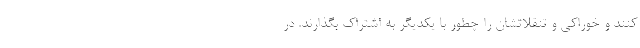
کنند و خوراکی و تنقلاتشان را چطور با یکدیگر به اشتراک بگذارند. در